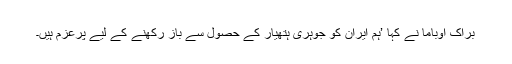
براک اوباما نے کہا ’ہم ایران کو جوہری ہتھیار کے حصول سے باز رکھنے کے لیے پرعزم ہیں۔